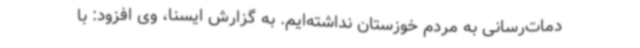
دمات‌رسانی به مردم خوزستان نداشته‌ایم. به گزارش ایسنا، وی افزود: با